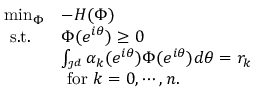
\begin{array} { l l } { \operatorname* { m i n } _ { \Phi } } & { - H ( \Phi ) } \\ { \mathrm { ~ s . t . ~ } } & { \Phi ( e ^ { i \boldsymbol { \theta } } ) \geq 0 } \\ & { \int _ { \mathcal { I } ^ { d } } \alpha _ { k } ( e ^ { i \boldsymbol { \theta } } ) \Phi ( e ^ { i \boldsymbol { \theta } } ) d \boldsymbol { \theta } = r _ { k } } \\ & { \mathrm { ~ f o r ~ } k = 0 , \cdots , n . } \end{array}